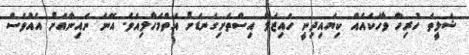
ޝަލީތަ ހުރިހާ ވާހަކައެއް ކިޔައިދިނީ ހައިޒަލް އިސްތަށިގަނޑަށް އަތްމަހާލިއެވެ. އޭނަ ނައިނާއަށް އެއްވެސް